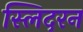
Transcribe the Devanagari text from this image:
स्लिदरन